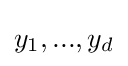
y_{1},...,y_{d}